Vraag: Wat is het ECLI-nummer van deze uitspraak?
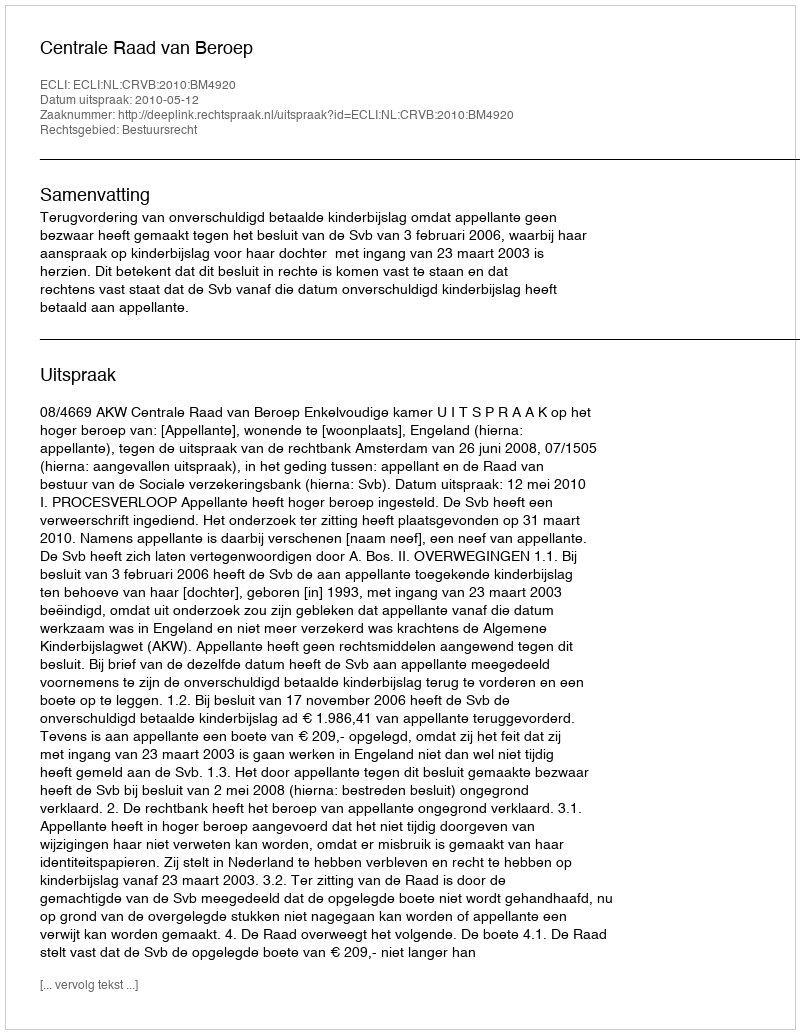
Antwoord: ECLI:NL:CRVB:2010:BM4920